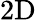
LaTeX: \mathrm{2D}